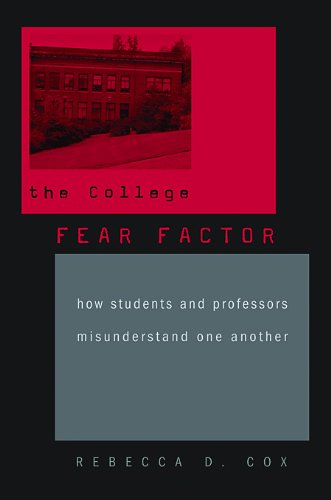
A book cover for The College Fear Factor: How Students and Professors Misunderstand One Another; Rebecca D. Cox; Education & Teaching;